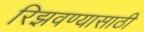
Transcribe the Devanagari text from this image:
रिझवण्यासाठी